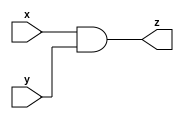
`timescale 1ns/10ps

module and_gate_6 (x, y, z);
  //parameter 6;
  input [5:0] x;
  input [5:0] y;
  output [5:0] z;
  
  assign z = (x&y) ;
  
  
endmodule